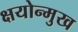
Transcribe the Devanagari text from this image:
क्षयोन्मुख